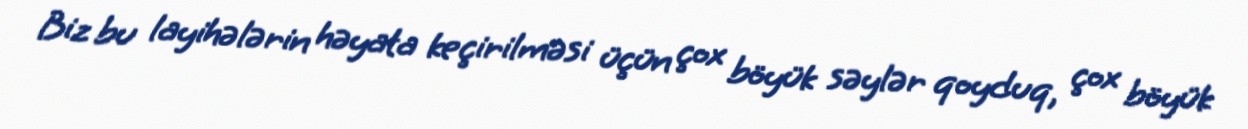
Biz bu layihələrin həyata keçirilməsi üçün çox böyük səylər qoyduq, çox böyük